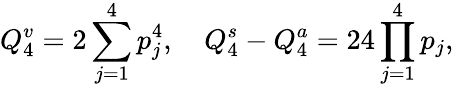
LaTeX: Q_{4}^{v}=2\sum_{j=1}^{4}p_{j}^{4},\quad Q_{4}^{s}-Q_{4}^{a}=24\prod_{j=1}^{4}p_{j},